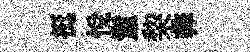
挺悅鬛棃彜